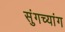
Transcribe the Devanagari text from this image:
सुंगच्यांग